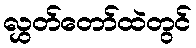
လွှတ်တော်ထဲတွင်